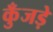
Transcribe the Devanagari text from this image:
कुँजड़े